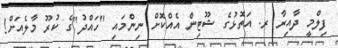
ފިލްމީ ދާއިރާ ރ. އަތޮޅުގެ ޝޫޓިން އެއްކޮށް ނިންމައި "ހައްދު"ގެ ކުރޫ މާލެއަށް!